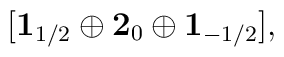
[{\bf 1}_{1/2} \oplus {\bf 2}_{0} \oplus {\bf 1}_{-1/2}],